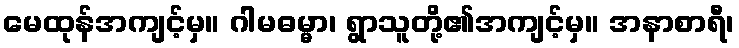
မေထုန်အကျင့်မှ။ ဂါမဓမ္မာ၊ ရွာသူတို့၏အကျင့်မှ။ အနာစာရီ၊